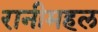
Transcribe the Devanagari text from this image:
रानीमहल